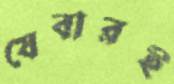
যেবারই